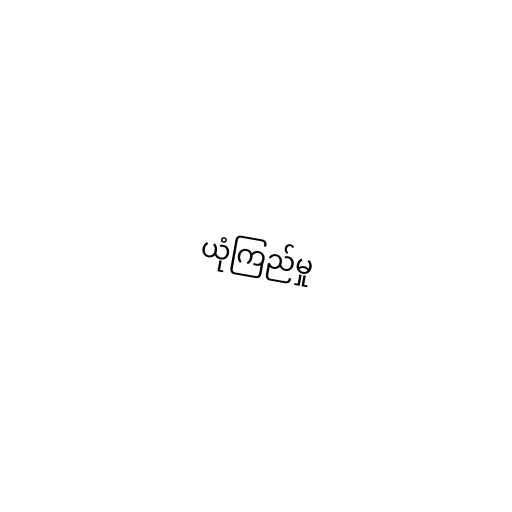
ယုံကြည်မှု